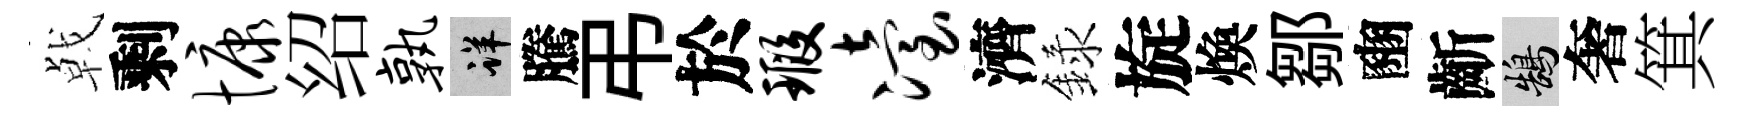
㦸剩慷绍孰详騰弔於瑕冶濟録旋煥鄒豳齗鵠奢箕